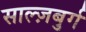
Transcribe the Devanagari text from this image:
साल्ज़बुर्ग